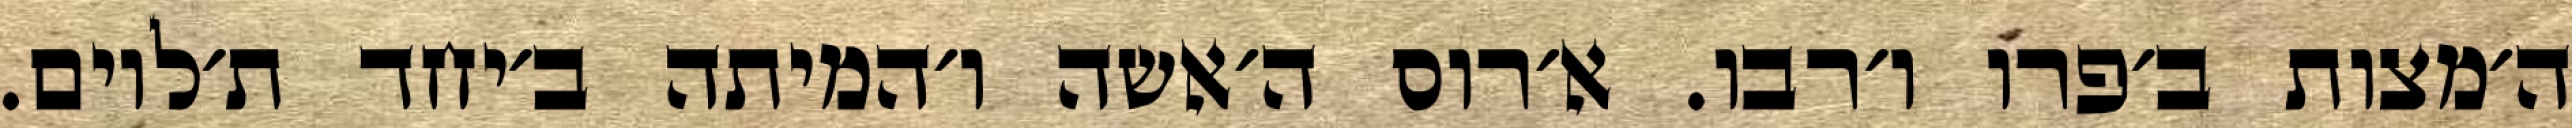
ה׳מצות ב׳פרו ו׳רבו. א׳רוס ה׳אשה ו׳המיתה ב׳יחד ת׳לוים.